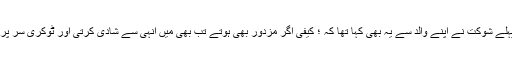
یہ سب ہونے سے پہلے شوکت نے اپنے والد سے یہ بھی کہا تھا کہ ؛ کیفی اگر مزدور بھی ہوتے تب بھی میں انہی سے شادی کرتی اور ٹوکری سر پر اٹھاکر مٹی ڈھوتی۔